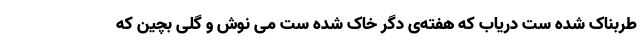
طربناک شده ست دریاب که هفته‌ی دگر خاک شده ست می نوش و گلی بچین که